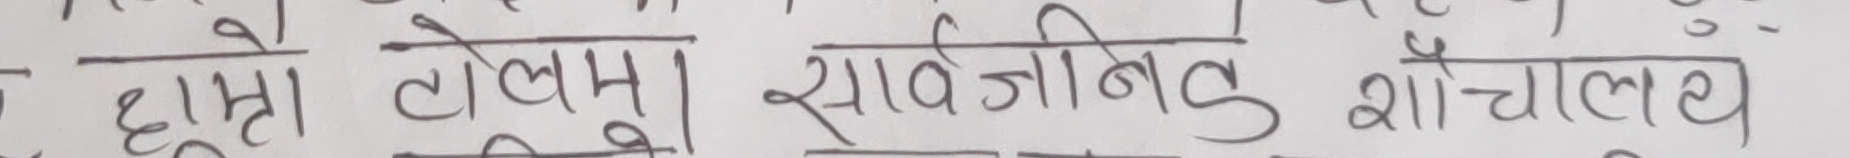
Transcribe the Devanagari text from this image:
हाम्रो टोलमा सार्वजनिक शौचालय